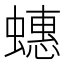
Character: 蟪